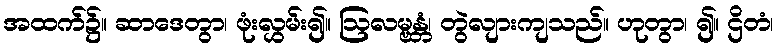
အထက်၌။ ဆာဒေတွာ၊ ဖုံးလွှမ်း၍။ ဩလမ္ဗန္တံ၊ တွဲလျားကျသည်။ ဟုတွာ၊ ၍။ ဌိတံ၊